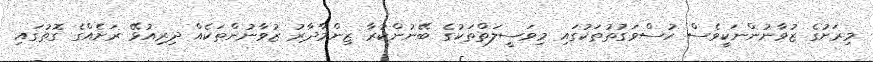
މިރަށުގެ ޒުވާނުންނަކީވެސް ހުސްވަގުތުތަކުގައި މިވަސީލަތްތަކުގެ ބޭނުންކުރާ ޒިންމާދާރު ޒުވާނުންތަކެއް ދިރިއުޅޭ ރަށެއްގެ ގޮތުގައި